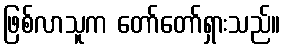
ဖြစ်လာသူက တော်တော်ရှားသည်။